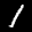
Label: 1